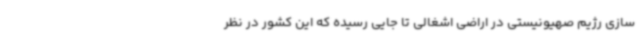
سازی رژیم صهیونیستی در اراضی اشغالی تا جایی رسیده که این کشور در نظر